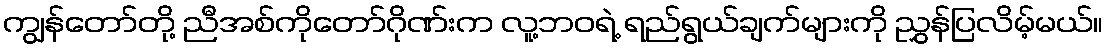
ကျွန်တော်တို့ ညီအစ်ကိုတော်ဂိုဏ်းက လူ့ဘဝရဲ့ ရည်ရွယ်ချက်များကို ညွှန်ပြလိမ့်မယ်။